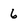
Character: 6